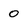
Character: 0